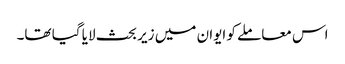
اس معاملے کو ایوان میں زیر بحث لایا گیا تھا۔